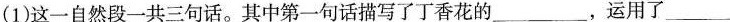
(1)这一自然段一共三句话。其中第一句话描写了丁香花的___ ，运用了